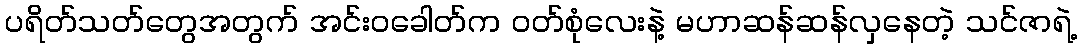
ပရိတ်သတ်တွေအတွက် အင်းဝခေါတ်က ဝတ်စုံလေးနဲ့ မဟာဆန်ဆန်လှနေတဲ့ သင်ဇာရဲ့